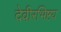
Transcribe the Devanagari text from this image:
देवीरभिष्टय